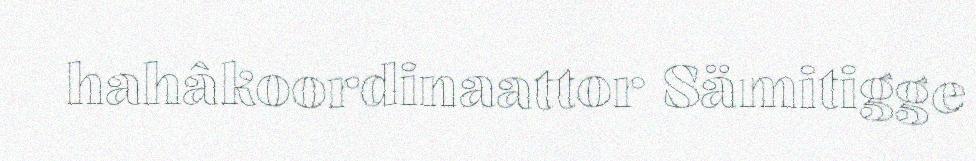
hahâkoordinaattor Sämitigge